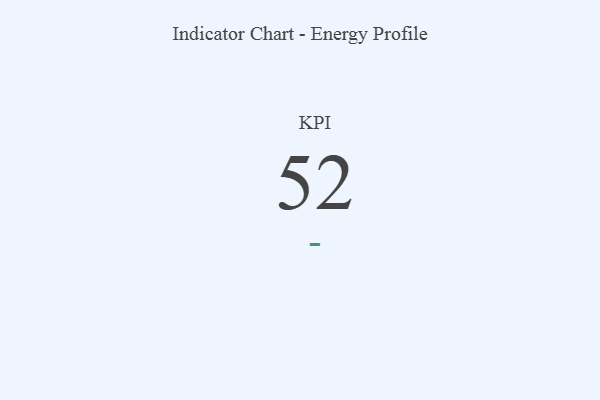
{"axis": {"x": "KPI", "y": "Value"}, "legend": [""], "data": [{"x": "KPI", "y": 52, "type": ""}]}